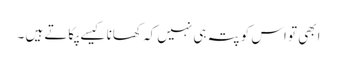
ابھی تو اس کو پتہ ہی نہیں کہ کھانا کیسے پکاتے ہیں ۔